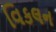
વિકલન